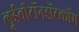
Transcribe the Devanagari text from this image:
लूईवीटॉनडॉटकॉम